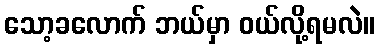
သော့ခလောက် ဘယ်မှာ ဝယ်လို့ရမလဲ။